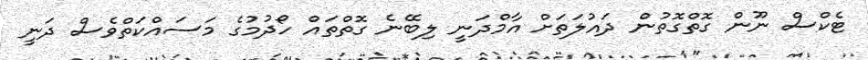
ޓެކްސް ނޫން ގޮތްގޮތުން ދައުލަތަށް އާމްދަނީ ލިބޭނެ ގޮތްތައް ހޯދުމުގެ މަސައްކަތްވެސް ދަނީ